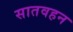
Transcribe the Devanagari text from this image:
सातवहन